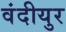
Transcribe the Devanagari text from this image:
वंदीयुर